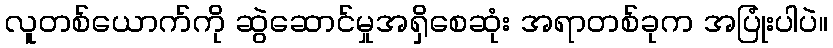
လူတစ်ယောက်ကို ဆွဲဆောင်မှုအရှိစေဆုံး အရာတစ်ခုက အပြုံးပါပဲ။